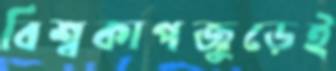
বিশ্বকাপজুড়েই